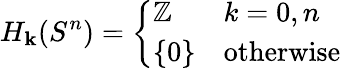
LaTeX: H_{\mathbf{k}}(S^{n})={\left\{ \begin{array}{ll}{\mathbb{Z}}&{k=0,n}\\ {\{ 0\} }&{{\mathrm{otherwise}}}\end{array}\right.}